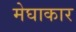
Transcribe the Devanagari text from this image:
मेघाकार